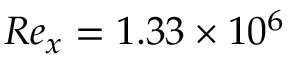
R e _ { x } = 1 . 3 3 \times 1 0 ^ { 6 }